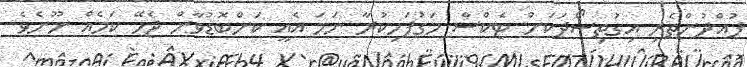
ފުއްދުންތެރި އިގުތިސޯދަކަށް ޓެކްސް މަގުފަހިކުރާ ނަމަ އެއީ ކަންބޮޑުވާން ޖެހޭ ކަމެއް ނޫނެވެ.